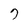
Character: 7